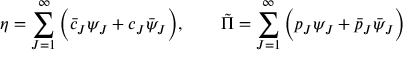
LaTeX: \eta = \sum _ { J = 1 } ^ { \infty } \Big ( \bar { c } _ { J } \psi _ { J } + c _ { J } \bar { \psi } _ { J } \Big ) , \qquad \tilde { \Pi } = \sum _ { J = 1 } ^ { \infty } \Big ( { p } _ { J } \psi _ { J } + \bar { p } _ { J } \bar { \psi } _ { J } \Big )